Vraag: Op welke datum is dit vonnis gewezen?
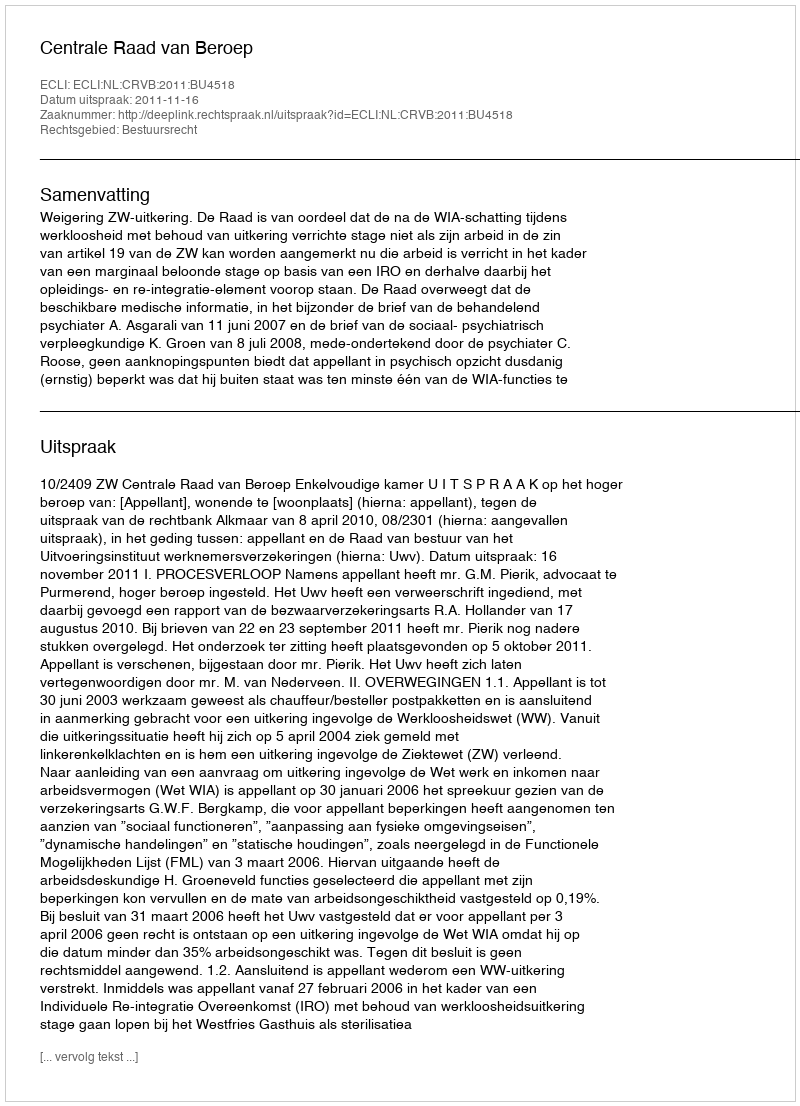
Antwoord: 2011-11-16